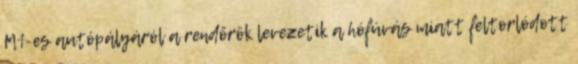
M1-es autópályáról a rendőrök levezetik a hófúvás miatt feltorlódott